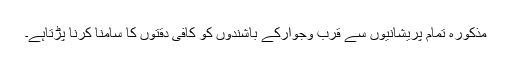
مذکورہ تمام پریشانیوں سے قرب وجوارکے باشندوں کو کافی دقتوں کا سامنا کرنا پڑتاہے۔